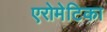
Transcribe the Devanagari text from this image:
एरोमेटिका